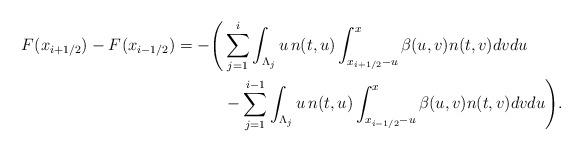
LaTeX: \begin{align*}F^{}(x_{i+1/2}) - F^{}(x_{i-1/2}) = - \Bigg( & \sum_{j=1}^{i} \int_{\Lambda_j} u\, n(t,u) \int_{x_{i+1/2}-u}^{x_{}} \beta(u,v)n(t,v)dv du\\& - \sum_{j=1}^{i-1} \int_{\Lambda_j} u\, n(t,u) \int_{x_{i-1/2}-u}^{x_{}} \beta(u,v)n(t,v)dv du \Bigg).\end{align*}